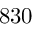
8 3 0